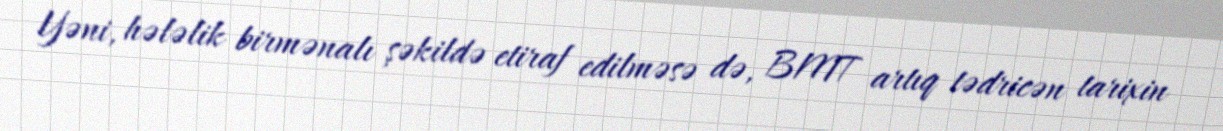
Yəni, hələlik birmənalı şəkildə etiraf edilməsə də, BMT artıq tədricən tarixin